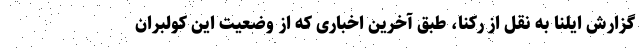
گزارش ایلنا به نقل از رکنا، طبق آخرین اخباری که از وضعیت این کولبران